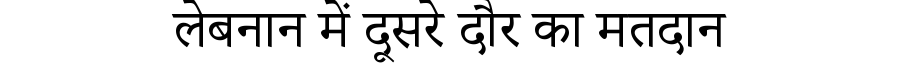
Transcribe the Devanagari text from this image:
लेबनान में दूसरे दौर का मतदान